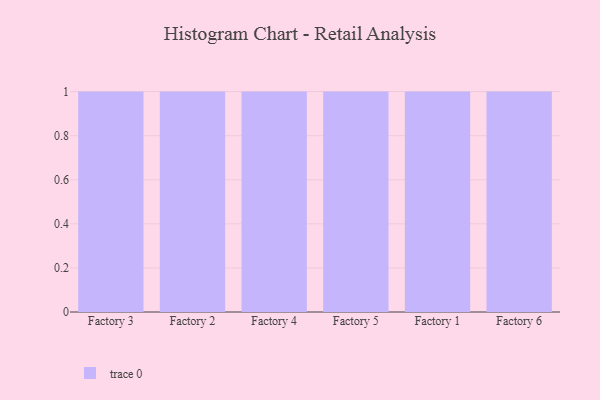
{"axis": {"x": "Factory", "y": "Net Income (USD K)"}, "legend": [""], "data": [{"x": "Factory 3", "y": 71, "type": ""}, {"x": "Factory 2", "y": 45, "type": ""}, {"x": "Factory 4", "y": 65, "type": ""}, {"x": "Factory 5", "y": 18, "type": ""}, {"x": "Factory 1", "y": 33, "type": ""}, {"x": "Factory 6", "y": 78, "type": ""}]}